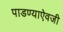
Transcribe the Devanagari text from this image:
पाडण्याऐवजी